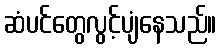
ဆံပင်တွေလွင့်ပျံနေသည်။